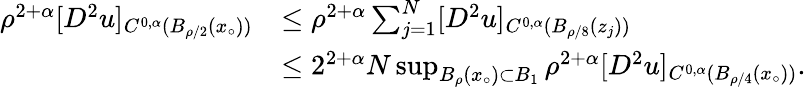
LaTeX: \begin{array}{rl}{\rho^{2+\alpha}[D^{2}u]_{C^{0,\alpha}(B_{\rho/2}(x_{\circ}))}}&{\le\rho^{2+\alpha}\sum_{j=1}^{N}[D^{2}u]_{C^{0,\alpha}(B_{\rho/8}(z_{j}))}}\\ &{\le 2^{2+\alpha}N\operatorname*{sup}_{B_{\rho}(x_{\circ})\subset B_{1}}\rho^{2+\alpha}[D^{2}u]_{C^{0,\alpha}(B_{\rho/4}(x_{\circ}))}.}\end{array}